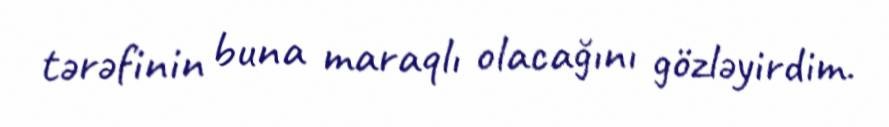
tərəfinin buna maraqlı olacağını gözləyirdim.